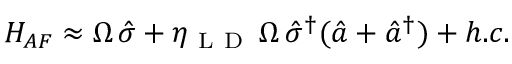
H _ { A F } \approx \Omega \, \hat { \sigma } + \eta _ { \mathrm { ~ L ~ D ~ } } \, \Omega \, \hat { \sigma } ^ { \dag } ( \hat { a } + \hat { a } ^ { \dag } ) + h . c .